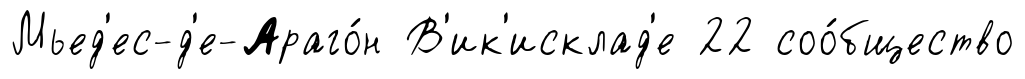
Мьед'ес-д'е-Араго́н В'ик'исклад'е 22 соо́бщество